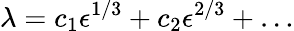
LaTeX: \lambda=c_{1}\epsilon^{1/3}+c_{2}\epsilon^{2/3}+\ldots